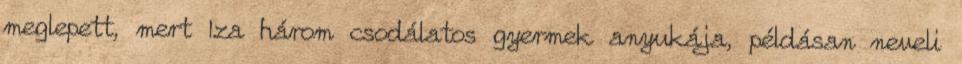
meglepett, mert Iza három csodálatos gyermek anyukája, példásan neveli